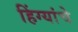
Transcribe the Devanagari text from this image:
हिंग्यांचे